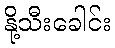
နို့သီးခေါင်း